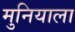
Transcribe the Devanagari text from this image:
मुनियाला